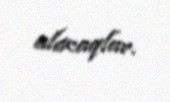
alacaqlar.